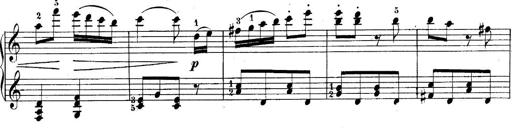
Title: 10 Sonatines progressives
Composer: Anton Schmoll